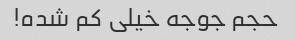
حجم جوجه خیلی کم شده!